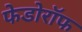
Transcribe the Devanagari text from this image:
फेडोरॉफ